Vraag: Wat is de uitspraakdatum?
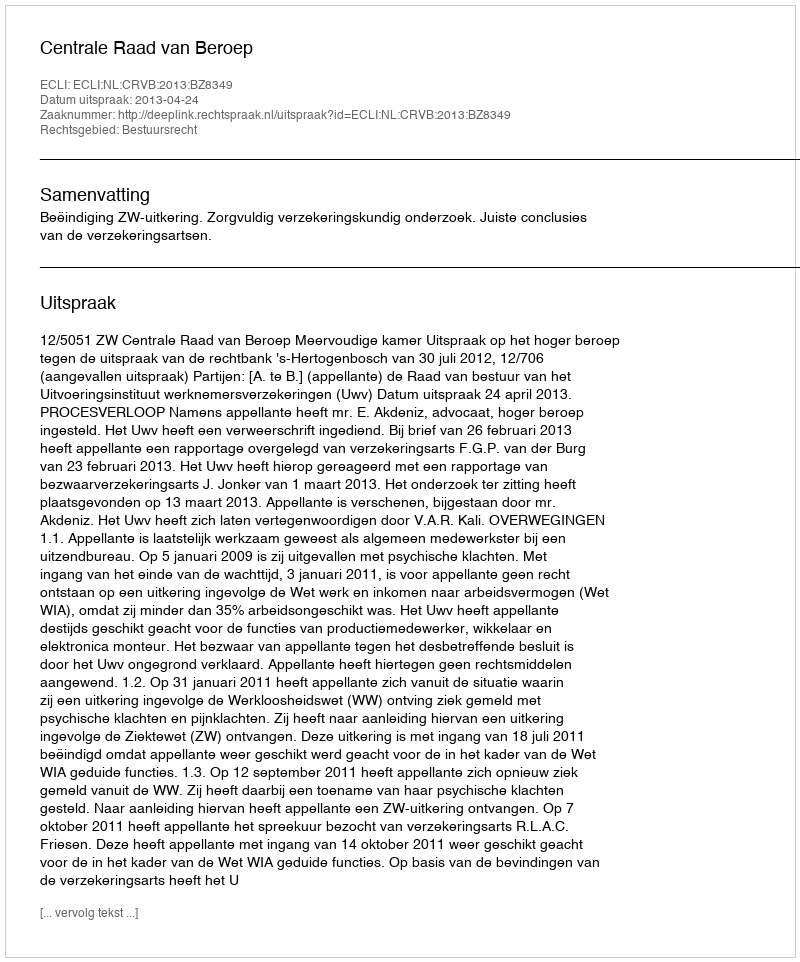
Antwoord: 2013-04-24